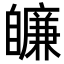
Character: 𦤩